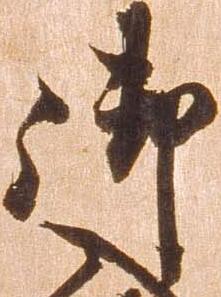
御